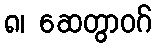
၈၊ ဆေတွာဝဂ်